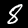
Digit: 8